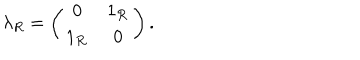
LaTeX: \lambda _ { R } = \left( \begin{array} { c c } { { 0 } } & { { 1 _ { \mathcal R } } } \\ { { 1 _ { \mathcal R } } } & { { 0 } } \\ \end{array} \right) .